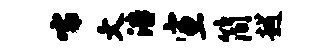
嚅文浩宣简越